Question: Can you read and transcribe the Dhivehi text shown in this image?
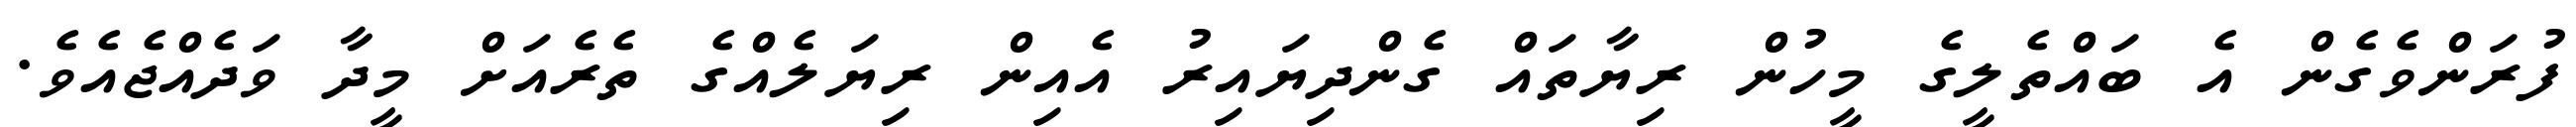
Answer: ފުރަންވެގެން އެ ބައްތެލީގެ މީހުން ރިޔާތައް ގެންދިޔައިރު އެއިން ރިޔަލެއްގެ ތެރެއަށް މީދާ ވަދެއްޖެއެވެ.